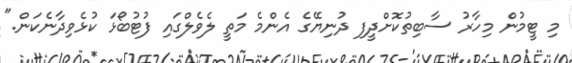
މި ޓީމުން މިހާރު ސާބިތުކޮށްދީފި ދުނިޔޭގެ އެންމެ މަތީ ލެވެލްގައި ފުޓުބޯޅަ ކުޅެވިދާނެކަން."